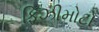
ફિઝીમોટો